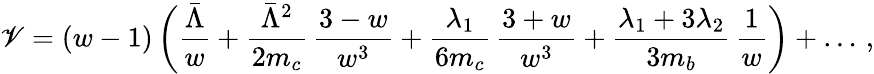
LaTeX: \mathscr{V}=(w-1)\, \bigg({\frac{{\bar{{\Lambda}}}}{{w}}}+{\frac{{\bar{{\Lambda}}^{2}}}{{2m_{c}}}}\, {\frac{{3-w}}{{w^{3}}}}+{\frac{{\lambda_{1}}}{{6m_{c}}}}\, {\frac{{3+w}}{{w^{3}}}}+{\frac{{\lambda_{1}+3\lambda_{2}}}{{3m_{b}}}}\, {\frac{{1}}{{w}}}\bigg)+\ldots\, ,